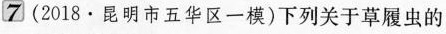
⑦(2018·昆明市五华区一模)下列关于草履虫